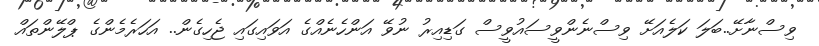
ވިސްނާށޭ..ބަލަ ކަލެއަށޭ ވިސްނެންވީސައުވީސް ގަޑިއިރު ނުވޭ އަންހެނެއްގެ އަވައިގައި ޖެހިގެން.. އަހަރެމެންގެ ޕްލޭންތައް